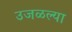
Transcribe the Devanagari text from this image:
उजळल्या